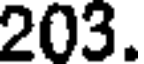
203.